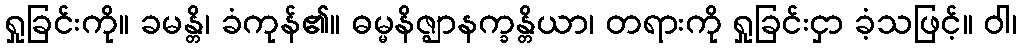
ရှုခြင်းကို။ ခမန္တိ၊ ခံကုန်၏။ ဓမ္မနိဇ္ဈာနက္ခန္တိယာ၊ တရားကို ရှုခြင်းငှာ ခံ့သဖြင့်။ ဝါ၊